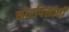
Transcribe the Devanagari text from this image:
मोरपिसांची